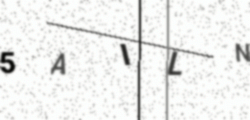
Text: 5AILN